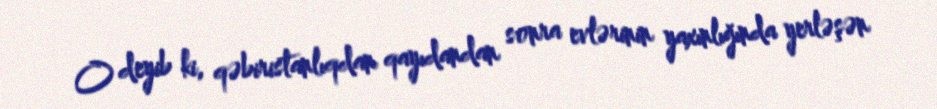
O deyib ki, qəbiristanlıqdan qayıdandan sonra evlərinin yaxınlığında yerləşən